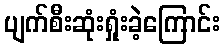
ပျက်စီးဆုံးရှုံးခဲ့ကြောင်း